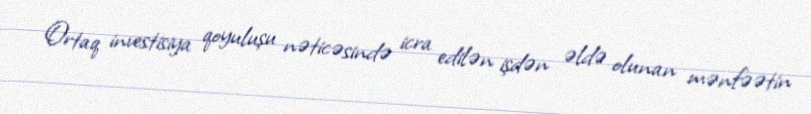
Ortaq investisiya qoyuluşu nəticəsində icra edilən işdən əldə olunan mənfəətin